Report of the Indian Hemp Drugs Commission, 1894-1895 - Volume IV
Year: 1894
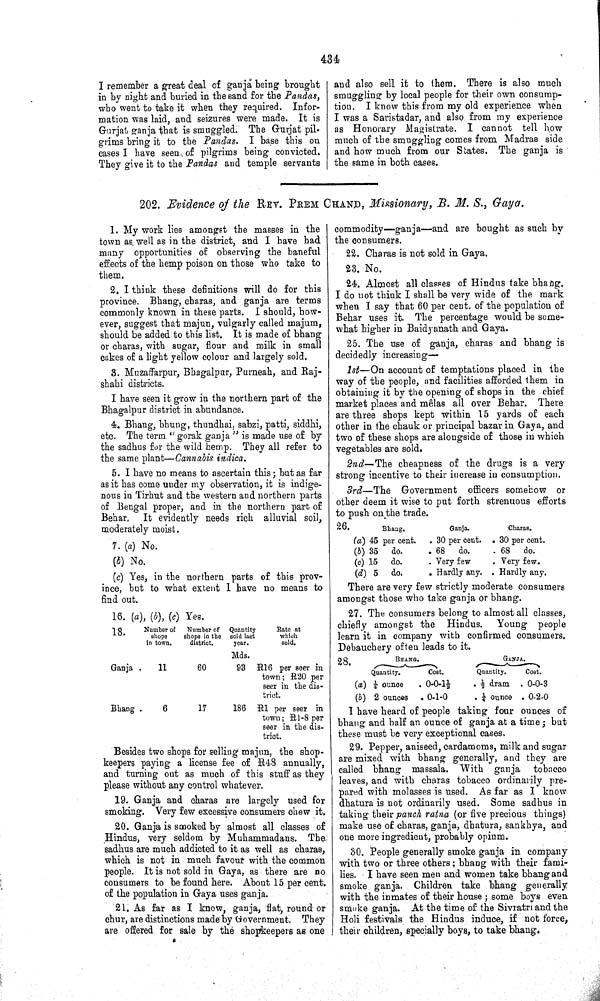
434
I remember a great deal of ganja being brought
in by night and buried in the sand for the Pandas,
who went to take it when they required. Infor-
mation was laid, and seizures were made. It is
Gurjat ganja that is smuggled. The Gurjat pil-
grims bring it to the Pandas. I base this on
cases I have seen of pilgrims being convicted.
They give it to the Pandas and temple servants
and also sell it to them. There is also much
smuggling by local people for their own consump-
tion. I know this from my old experience when
I was a Saristadar, and also from my experience
as Honorary Magistrate. I cannot tell how
much of the smuggling comes from Madras side
and how much from our States. The ganja is
the same in both cases.
202. Evidence of the REV. PREM CHAND, Missionary, B. M. S., Gaya.
1. My work lies amongst the masses in the
town as well as in the district, and I have had
many opportunities of observing the baneful
effects of the hemp poison on those who take to
them.
2. I think these definitions will do for this
province. Bhang, charas, and ganja are terms
commonly known in these parts. I should, how-
ever, suggest that majun, vulgarly called majum,
should be added to this list. It is made of bhang
or charas, with sugar, flour and milk in small
cakes of a light yellow colour and largely sold.
3. Muzaffarpur, Bhagalpur, Purneah, and Raj-
shahi districts.
I have seen it grow in the northern part of the
Bhagalpur district in abundance.
4. Bhang, bhung, thundhai, sabzi, patti, siddhi,
etc. The term "gorak ganja" is made use of by
the sadhus for the wild hemp. They all refer to
the same plant—Cannabis indica.
5. I have no means to ascertain this; but as far
as it has come under my observation, it is indige-
nous in Tirhut and the western and northern parts
of Bengal proper, and in the northern part of
Behar. It evidently needs rich alluvial soil,
moderately moist.
7. (a) No.
(b) No.
(c) Yes, in the northern parts of this prov-
ince, but to what extent I have no means to
find out.
16. (a), (b), (c) Yes.
18.
Number of
shops
in town
Number of
shops in the
district
Quantity
sold last
year
Rate at
which
sold
Mds
Ganja
11
60
93 R16 per seer in
town; R20 per
seer in the dis-
trict.
Bhang
6
17
186 R1 per seer in
town; R1-8 per
seer in the dis-
trict
Besides two shops for selling majun, the shop-
keepers paying a license fee of R48 annually,
and turning out as much of this stuff as they
please without any control whatever.
19. Ganja and charas are largely used for
smoking. Very few excessive consumers chew it.
20. Ganja is smoked by almost all classes of
Hindus, very seldom by Muhammadans. The
sadhus are much addicted to it as well as charas,
which is not in much favour with the common
people. It is not sold in Gaya, as there are no
consumers to be found here. About 15 per cent.
of the population in Gaya uses ganja.
21. As far as I know, ganja, flat, round or
chur, are distinctions made by Government. They
are offered for sale by the shopkeepers as one
commodity—ganja—and are bought as such by
the consumers.
22. Charas is not sold in Gaya.
23. No.
24. Almost all classes of Hindus take bhang.
I do not think I shall be very wide of the mark
when I say that 60 per cent. of the population of
Behar uses it. The percentage would be some-
what higher in Baidyanath and Gaya.
25. The use of ganja, charas and bhang is
decidedly increasing—
1st—On account of temptations placed in the
way of the people, and facilities afforded them in
obtaining it by the opening of shops in the chief
market places and mêlas all over Behar. There
are three shops kept within 15 yards of each
other in the chauk or principal bazar in Gaya, and
two of these shops are alongside of those in which
vegetables are sold.
2nd—The cheapness of the drugs is a very
strong incentive to their increase in consumption.
3rd—The Government officers somehow or
other deem it wise to put forth strenuous efforts
to push on the trade.
26
Bhang
Ganja
Charas
(a) 45 per cent
30 per cent
30 per cent
(b) 35 do
68
do
68
do
(c) 15 do
Very few
Very few
(d) 5 do.
Hardly any
Hardly any
There are very few strictly moderate consumers
amongst those who take ganja or bhang.
27. The consumers belong to almost all classes,
chiefly amongst the Hindus. Young people
learn it in company with confirmed consumers.
Debauchery often leads to it.
28
BHANG
GANJA
Quantity
Cost
Quantity
Cost
(a) 1/4 ounce
0-0-11/2
1/2 dram
0-0-3
(b) 2 ounces
0-1-0
1/4 ounce
0-2-0
I have heard of people taking four ounces of
bhang and half an ounce of ganja at a time; but
these must be very exceptional cases.
29. Pepper, aniseed, cardamoms, milk and sugar
are mixed with bhang generally, and they are
called bhang massala. With ganja tobacco
leaves, and with charas tobacco ordinarily pre-
pared with molasses is used. As far as I know
dhatura is not ordinarily used. Some sadhus in
taking their panch ratna (or five precious things)
make use of charas, ganja, dhatura, sankhya, and
one more ingredient, probably opium.
30. People generally smoke ganja in company
with two or three others; bhang with their fami-
lies. I have seen men and women take bhang and
smoke ganja. Children take bhang generally
with the inmates of their house; some boys even
smoke ganja. At the time of the Sivratri and the
Holi festivals the Hindus induce, if not force,
their children, specially boys, to take bhang.